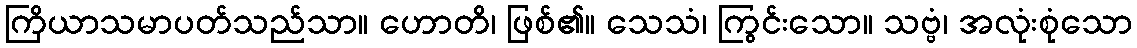
ကြိယာသမာပတ်သည်သာ။ ဟောတိ၊ ဖြစ်၏။ သေသံ၊ ကြွင်းသော။ သဗ္ဗံ၊ အလုံးစုံသော